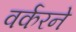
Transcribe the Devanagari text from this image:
वर्करने